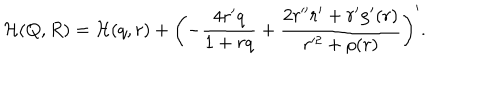
LaTeX: { \cal H } ( Q , R ) = { \cal H } ( q , r ) + \left( - \frac { 4 r ^ { \prime } q } { 1 + r q } + \frac { 2 r ^ { \prime \prime } r ^ { \prime } + r ^ { \prime } \rho ^ { \prime } ( r ) } { r ^ { 2 } + \rho ( r ) } \right) ^ { \prime } .